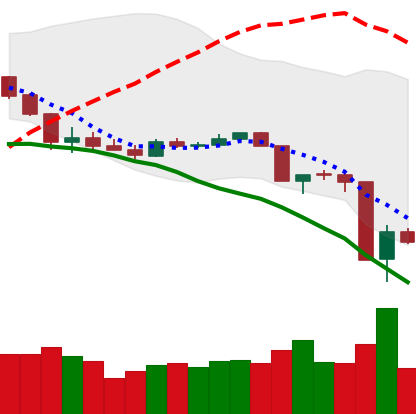
Ticker: XLM-USD
Chart end date: 2020-03-14
Forward return: 11.253%
Label: up_7plus